画像に写った文字を読んでください
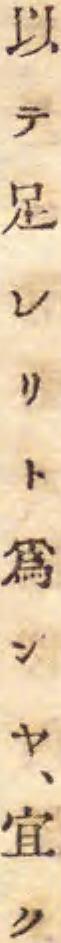
「以テ足レリト爲ンヤ、宜ク」と書いてあります